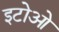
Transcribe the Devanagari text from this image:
इटोओ